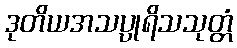
ဒုတိယအသပ္ပုရိသသုတ္တံ